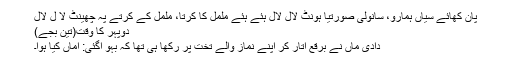
پان کھائے سیاں ہمارو، سانولی صورتیا ہونٹ لال لال ہئے ہئے ململ کا کرتا، ململ کے کرتے پہ چھینٹ لا ل لال
دوپہر کا وقت(تین بجے)
دادی ماں نے برقع اتار کر اپنے نماز والے تخت پر رکھا ہی تھا کہ بہو آگئی: اماں کیا ہوا۔